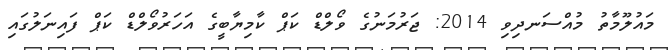
މައުލޫމާތު މުއްސަނދިވި 2014: ޖަރުމަނުގެ ވޯލްޑް ކަޕް ކާމިޔާބީގެ އަހަރުވޯލްޑް ކަޕް ފައިނަލުގައި